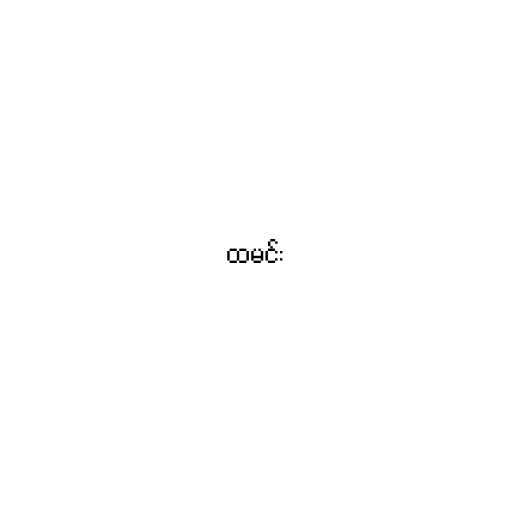
ထမင်း